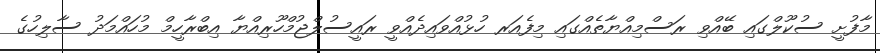
މާފުށީ ސުކޫލްގައި ބޭއްވި ރަސްމިއްޔާތެއްގައި މިފެއަރ ހުޅުއްވައިދެއްވީ ރައީސުލްޖުމްހޫރިއްޔާ އިބްރާހީމް މުހައްމަދު ސާލިހުގެ